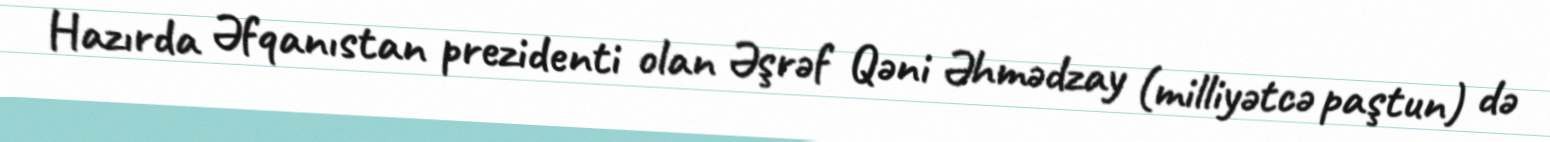
Hazırda Əfqanıstan prezidenti olan Əşrəf Qəni Əhmədzay (milliyətcə paştun) də